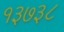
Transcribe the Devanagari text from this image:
१३७३८